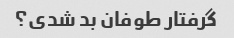
گرفتار طوفان بد شدی؟